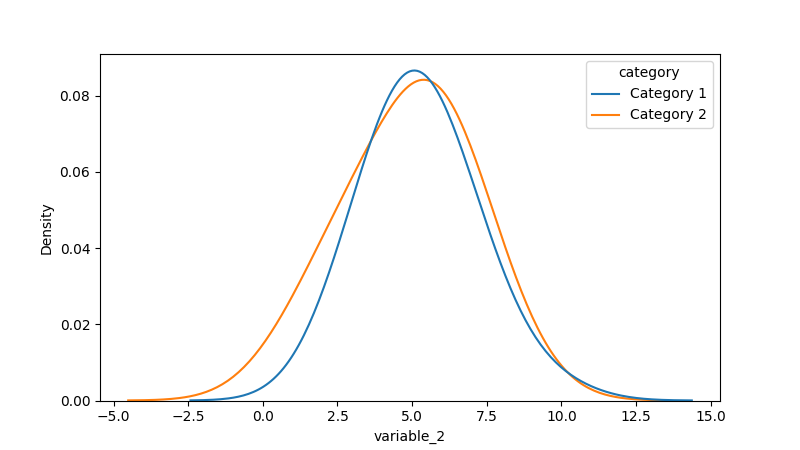
python, seaborn, kdeplot, hue='category', fill=False, bw_adjust=2.0